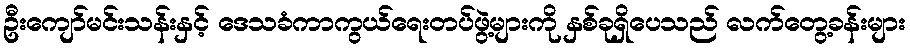
ဦးကျော်မင်းသန်းနှင့် ဒေသခံကာကွယ်ရေးတပ်ဖွဲ့များကို နှစ်ခုရှိပေသည် လက်တွေ့ခန်းများ